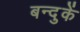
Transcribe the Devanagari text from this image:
बन्दुकें